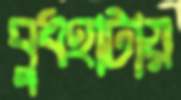
বুধহাটায়